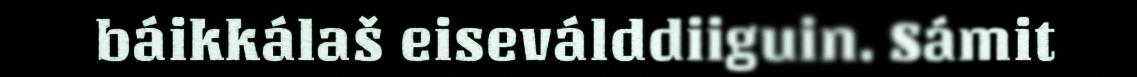
báikkálaš eiseválddiiguin. Sámit